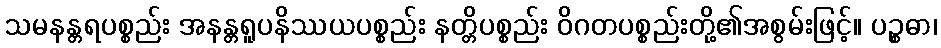
သမနန္တရပစ္စည်း အနန္တရူပနိဿယပစ္စည်း နတ္တိပစ္စည်း ဝိဂတပစ္စည်းတို့၏အစွမ်းဖြင့်။ ပဉ္စဓာ၊